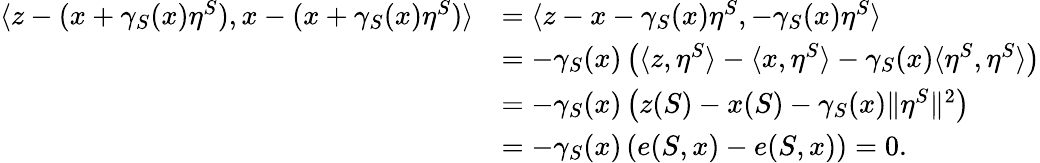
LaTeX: \begin{array}{rl}{\langle z-(x+\gamma_{S}(x)\eta^{S}),x-(x+\gamma_{S}(x)\eta^{S})\rangle}&{=\langle z-x-\gamma_{S}(x)\eta^{S},-\gamma_{S}(x)\eta^{S}\rangle}\\ &{=-\gamma_{S}(x)\left(\langle z,\eta^{S}\rangle-\langle x,\eta^{S}\rangle-\gamma_{S}(x)\langle\eta^{S},\eta^{S}\rangle\right)}\\ &{=-\gamma_{S}(x)\left(z(S)-x(S)-\gamma_{S}(x)\lVert\eta^{S}\rVert^{2}\right)}\\ &{=-\gamma_{S}(x)\left(e(S,x)-e(S,x)\right)=0.}\end{array}